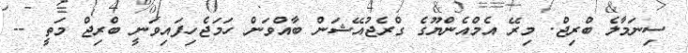
ސިނަމާލެ ބްރިޖް. މިރޭ އެމްއެންޔޫގެ ގްރެޖުއޭޝަން ބާއްވަން ހަމަޖެހިފައިވަނީ ބްރިޖް މަތީ --